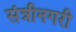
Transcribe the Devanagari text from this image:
संत्रीनगरी